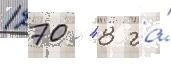
1270 / 8 га́